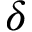
\delta